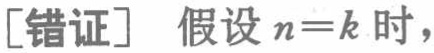
[错证] 假设 \(n = k\) 时，